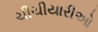
ચીચીયારીઓ